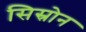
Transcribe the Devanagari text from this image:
सिस्रोन